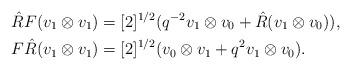
LaTeX: \begin{align*}\hat{R}F(v_{1}\otimes v_{1}) & =[2]^{1/2}(q^{-2}v_{1}\otimes v_{0}+\hat{R}(v_{1}\otimes v_{0})),\\F\hat{R}(v_{1}\otimes v_{1}) & =[2]^{1/2}(v_{0}\otimes v_{1}+q^{2}v_{1}\otimes v_{0}).\end{align*}